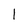
Character: l